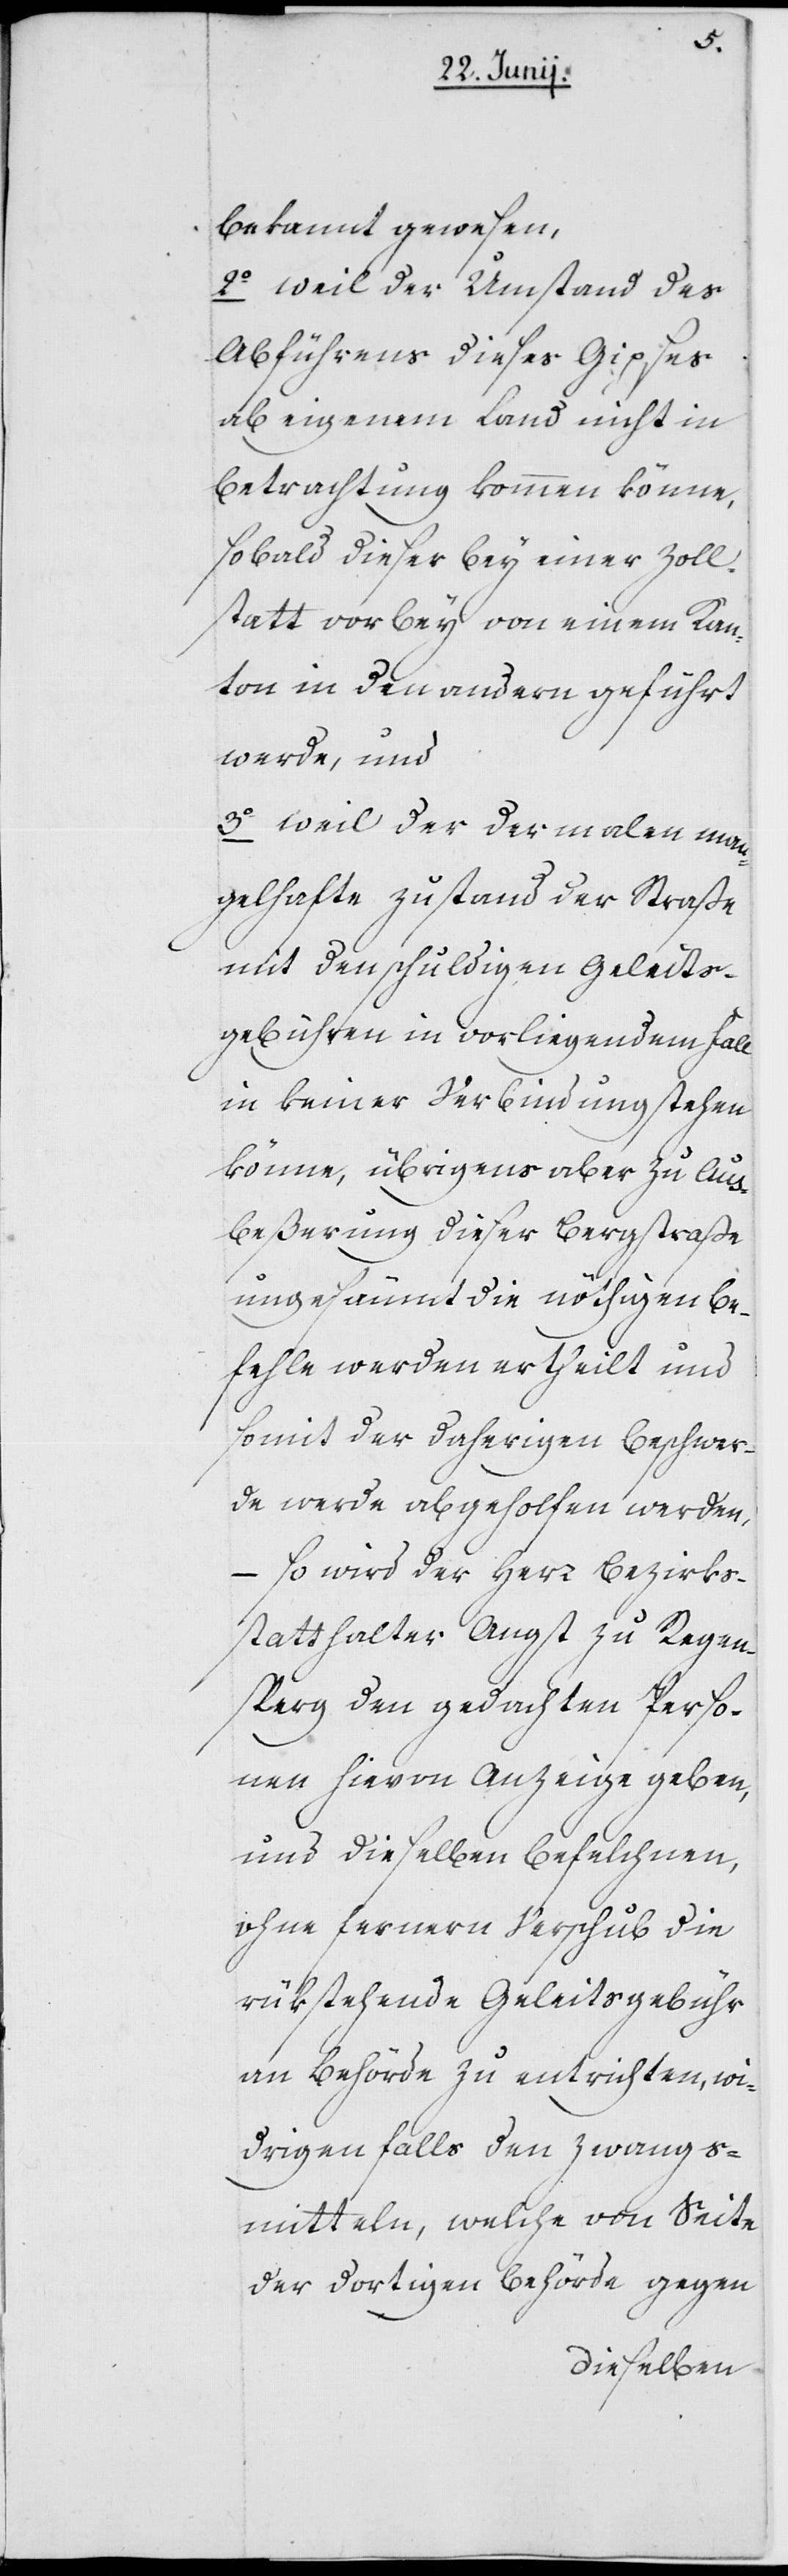
bekannt gewesen,
2o weil der Umstand des
Abführens dieses Gipses
ab eigenem Land nicht in
Betrachtung kommen könne,
sobald dieser bey einer Zoll¬
statt vorbey von einem Kan¬
ton in den andern geführt
werde, und
3o weil der dermalen man¬
gelhafte Zustand der Straße
mit den schuldigen Geleits¬
gebühren in vorliegendem Fall
in keiner Verbindung stehen
könne, übrigens aber zu Aus¬
beßerung dieser Bergstraße
ungesäumt die nöthigen Be¬
fehle werden ertheilt und
somit der daherigen Beschwer¬
de werde abgeholfen werden,
– so wird der Herr Bezirks¬
statthalter Angst zu Regen¬
sperg den gedachten Perso¬
nen hievon Anzeige geben,
und dieselben befelchnen,
ohne fernern Verschub die
rükstehende Geleitsgebühr
an Behörde zu entrichten, wi¬
drigenfalls den Zwangs¬
mitteln, welche von Seite
der dortigen Behörde gegen